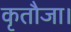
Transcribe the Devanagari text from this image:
कृतौजा।